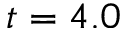
t = 4 . 0